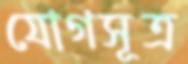
যোগসূত্র